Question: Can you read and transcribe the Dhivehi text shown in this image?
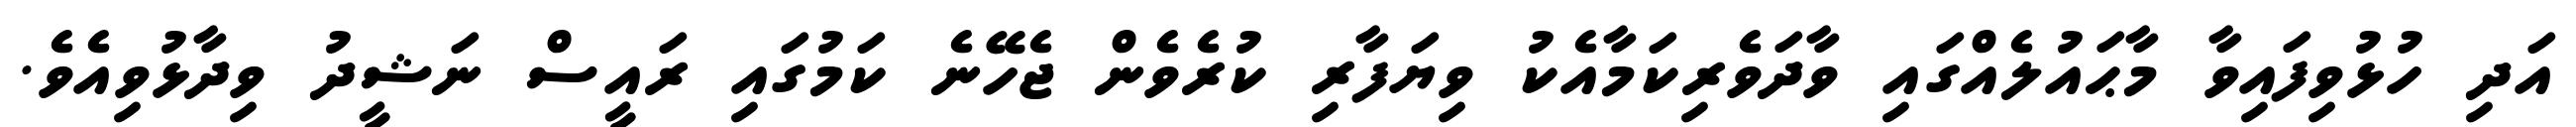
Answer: އަދި ހުޅުވިފައިވާ މާޙައުލެއްގައި ވާދަވެރިކަމާއެކު ވިޔަފާރި ކުރެވެން ޖެހޭނެ ކަމުގައި ރައީސް ނަޝީދު ވިދާޅުވިއެވެ.